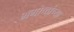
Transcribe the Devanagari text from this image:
भगोष्ठांच्या